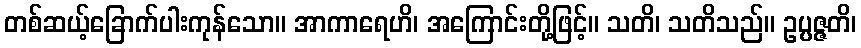
တစ်ဆယ့်ခြောက်ပါးကုန်သော။ အာကာရေဟိ၊ အကြောင်းတို့ဖြင့်။ သတိ၊ သတိသည်။ ဥပ္ပဇ္ဇတိ၊